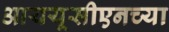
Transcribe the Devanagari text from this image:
आययूसीएनच्या